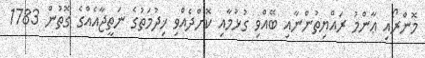
މޮންރޯއި ޢާންމު ރައްޔިތުންނާއި ބޭއްވި ގުޅުމާއި ކޮށްދެއްވި ޚިދުމަތުގެ ނަތީޖާއެއްގެ ގޮތުން 1783